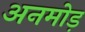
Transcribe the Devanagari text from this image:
अनमोड़